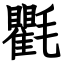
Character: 氍